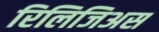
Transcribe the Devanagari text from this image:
रिलिजिअस